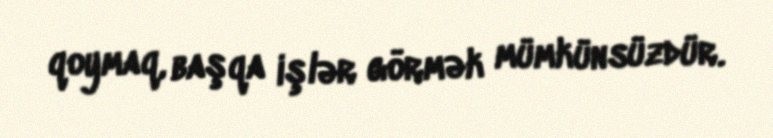
qoymaq, başqa işlər görmək mümkünsüzdür.